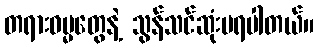
တရားဓမ္မတွေနဲ့ သွန်သင်ဆုံးမရပါတယ်။